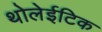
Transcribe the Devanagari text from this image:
थोलेईटिक